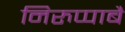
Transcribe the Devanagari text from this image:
निरुप्पाबै